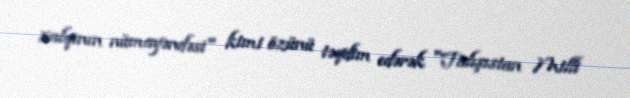
xalqının nümayəndəsi" kimi özünü təqdim edərək "Talışıstan Milli